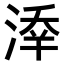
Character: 𣸖